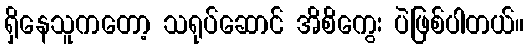
ရှိနေသူကတော့ သရုပ်ဆောင် အိစိကွေး ပဲဖြစ်ပါတယ်။